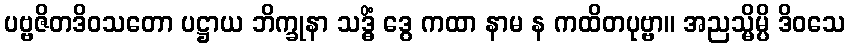
ပဗ္ဗဇိတဒိဝသတော ပဋ္ဌာယ ဘိက္ခုနာ သဒ္ဓိံ ဒွေ ကထာ နာမ န ကထိတပုဗ္ဗာ။ အညသ္မိမ္ပိ ဒိဝသေ